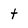
Character: t